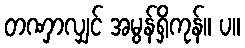
တဏှာလျှင် အမွန်ရှိကုန်။ ပ။